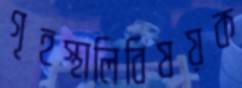
গৃহস্থালিবিষয়ক